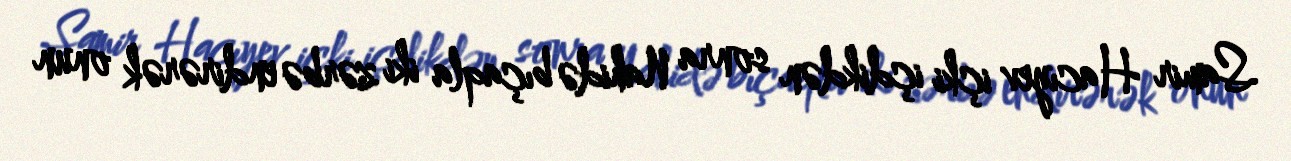
Samir Hacıyev içki içdikdən sonra Nahidə bıçaqla iki zərbə endirərək onun